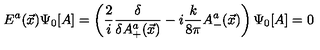
E ^ { a } ( \vec { x } ) \Psi _ { 0 } [ A ] = \left( \frac { 2 } { i } \frac { \delta } { \delta A _ { + } ^ { a } ( \vec { x } ) } - i \frac { k } { 8 \pi } A _ { - } ^ { a } ( \vec { x } ) \right) \Psi _ { 0 } [ A ] = 0